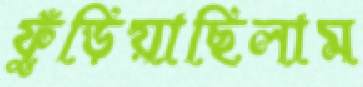
ফুঁড়িয়াছিলাম